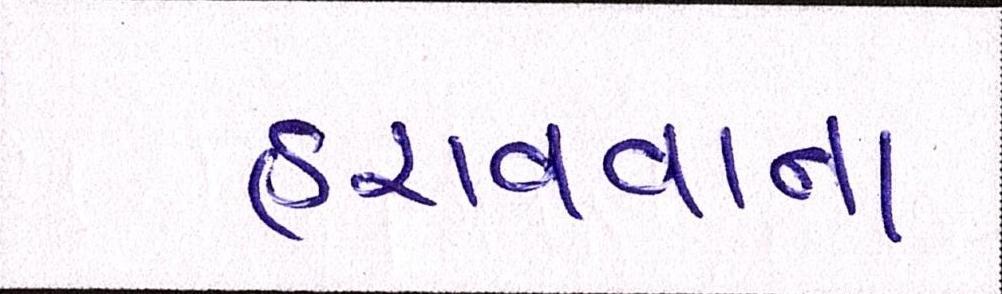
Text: હરાવવાના